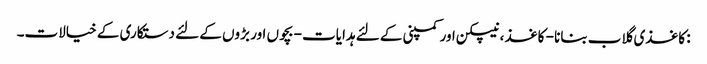
: کاغذی گلاب بنانا - کاغذ ، نیپکن اور کمپنی کے لئے ہدایات - بچوں اور بڑوں کے لئے دستکاری کے خیالات۔